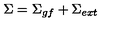
\Sigma = \Sigma _ { g f } + \Sigma _ { e x t }